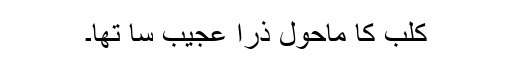
کلب کا ماحول ذرا عجیب سا تھا۔